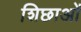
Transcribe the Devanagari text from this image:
शिछाओं